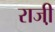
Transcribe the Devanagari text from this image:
राजी़